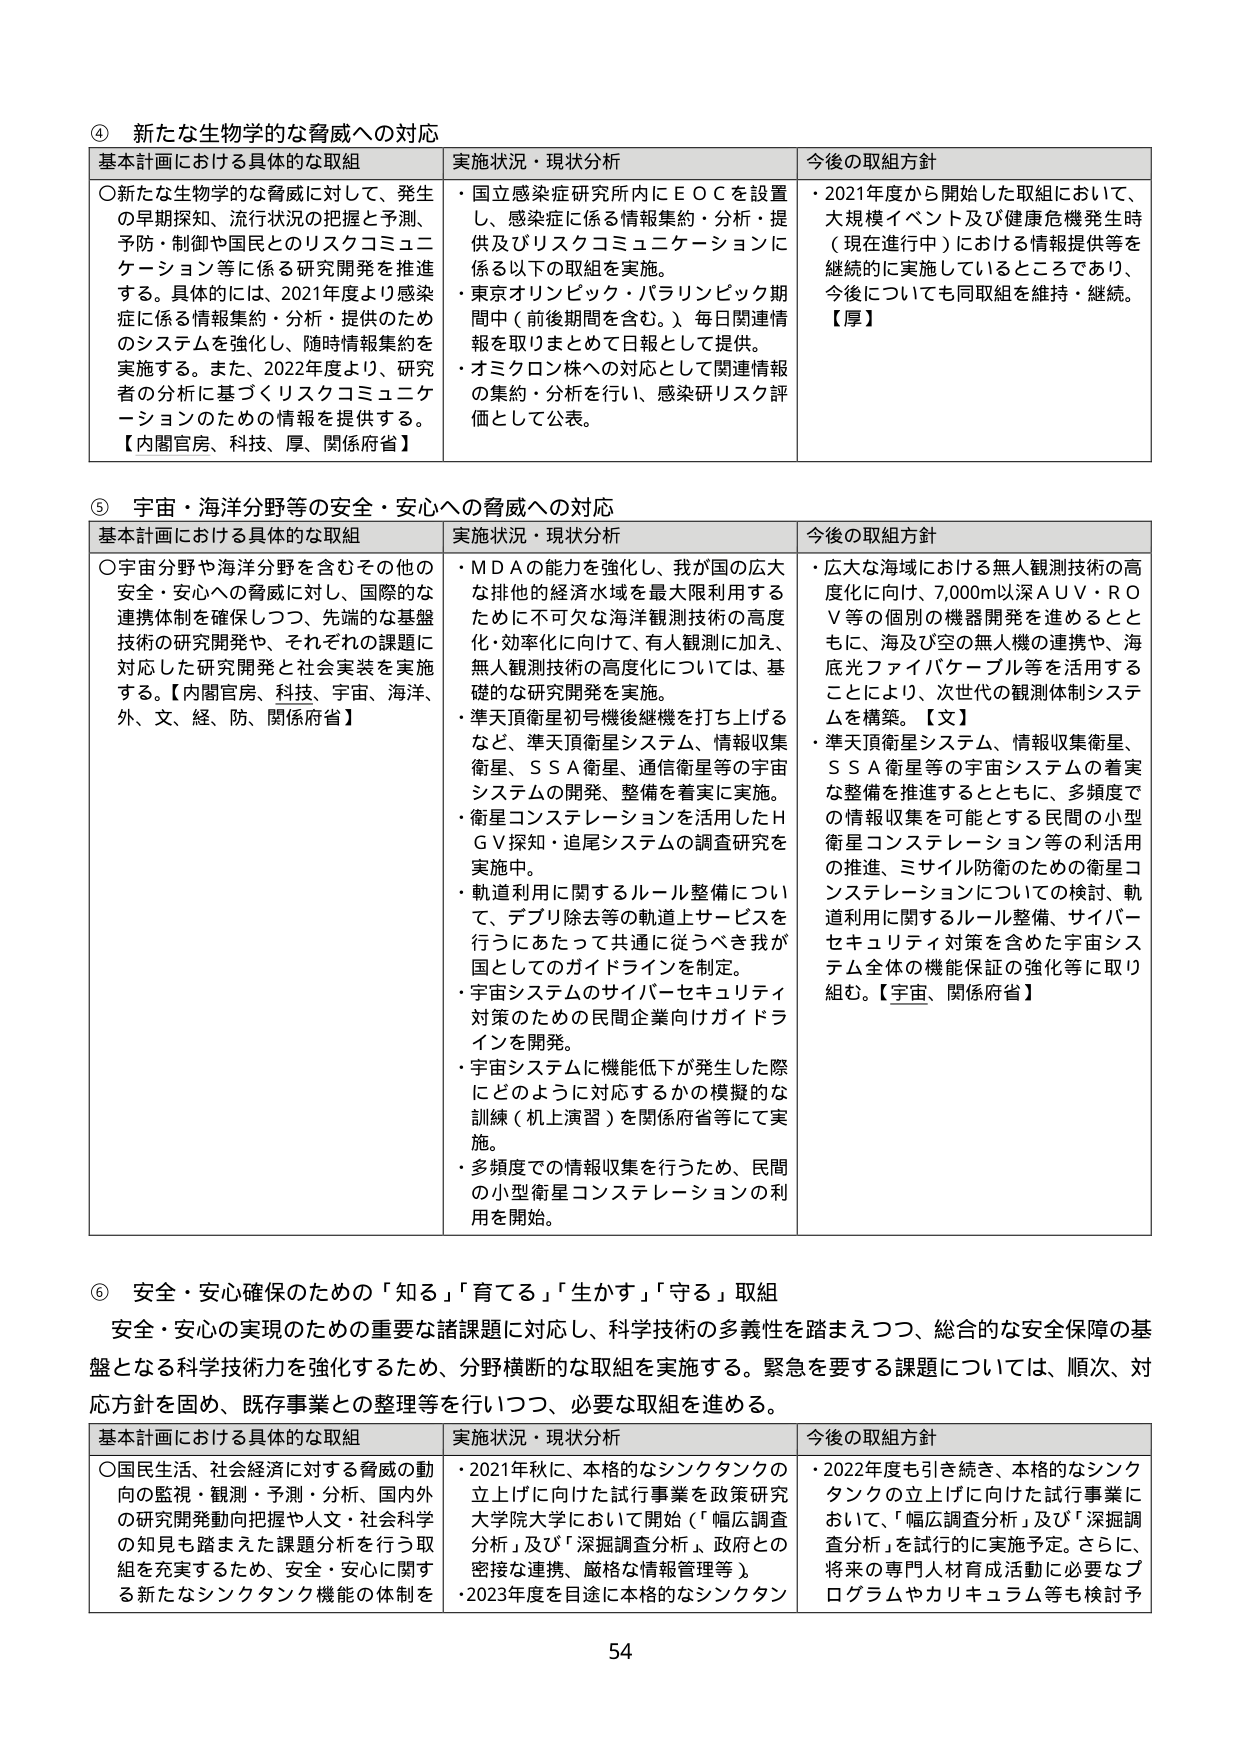
④ 新たな生物学的な脅威への対応
基本計画における具体的な取組
〇新たな生物学的な脅威に対して、発生の早期探知、流行状況の把握と予測、予防・制御や国民とのリスクコミュニケーション等に係る研究開発を推進する。具体的には、2021年度より感染症に係る情報集約・分析・提供のためのシステムを強化し、随時情報集約を実施する。また、2022年度より、研究者の分析に基づくリスクコミュニケーションのための情報を提供する。
【内閣官房、科技、厚、関係府省】

実施状況・現状分析
・国立感染症研究所内にＥＯＣを設置し、感染症に係る情報集約・分析・提供及びリスクコミュニケーションに係る以下の取組を実施。
・東京オリンピック・パラリンピック期間中（前後期間を含む。）毎日関連情報を取りまとめて日報として提供。
・オミクロン株への対応として関連情報の集約・分析を行い、感染研リスク評価として公表。

今後の取組方針
・2021年度から開始した取組において、大規模イベント及び健康危機発生時（現在進行中）における情報提供等を継続的に実施しているところであり、今後についても同取組を維持・継続。
【厚】

⑤ 宇宙・海洋分野等の安全・安心への脅威への対応
基本計画における具体的な取組
〇宇宙分野や海洋分野を含むその他の安全・安心への脅威に対し、国際的な連携体制を確保しつつ、先端的な基盤技術の研究開発や、それぞれの課題に対応した研究開発と社会実装を実施する。【内閣官房、科技、宇宙、海洋、外、文、経、防、関係府省】

実施状況・現状分析
・ＭＤＡの能力を強化し、我が国の広大な排他的経済水域を最大限利用するために不可欠な海洋観測技術の高度化・効率化に向けて、有人観測に加え、無人観測技術の高度化については、基礎的な研究開発を実施。
・準天頂衛星初号機後継機を打ち上げるなど、準天頂衛星システム、情報収集衛星、ＳＳＡ衛星、通信衛星等の宇宙システムの開発、整備を着実に実施。
・衛星コンステレーションを活用したＨＧＶ探知・追尾システムの調査研究を実施中。
・軌道利用に関するルール整備について、デブリ除去等の軌道上サービスを行うにあたって共通に従うべき我が国としてのガイドラインを制定。
・宇宙システムのサイバーセキュリティ対策のための民間企業向けガイドラインを開発。
・宇宙システムに機能低下が発生した際にどのように対応するかの模擬的な訓練（機上演習）を関係府省等にて実施。
・多頻度での情報収集を行うため、民間の小型衛星コンステレーションの利用を開始。

今後の取組方針
・広大な海域における無人観測技術の高度化に向け、7,000m以深ＡＵＶ・ＲＯＶ等の個別の機器開発を進めるとともに、海及び空の無人機の連携や、海底光ファイバーケーブル等を活用することにより、次世代の観測体制システムを構築。【文】
・準天頂衛星システム、情報収集衛星、ＳＳＡ衛星等の宇宙システムの着実な整備を推進するとともに、多頻度での情報収集を可能とする民間の小型衛星コンステレーション等の利活用の推進、ミサイル防衛のための衛星コンステレーションについての検討、軌道利用に関するルール整備、サイバーセキュリティ対策を含めた宇宙システム全体の機能保証の強化等に取り組む。【宇宙、関係府省】

⑥ 安全・安心確保のための「知る」「育てる」「生かす」「守る」取組
安全・安心の実現のための重要な諸課題に対応し、科学技術の多義性を踏まえつつ、総合的な安全保障の基盤となる科学技術力を強化するため、分野横断的な取組を実施する。緊急を要する課題については、順次、対応方針を固め、既存事業との整理等を行いつつ、必要な取組を進める。

基本計画における具体的な取組
〇国民生活、社会経済に対する脅威の動向の監視・観測・予測・分析、国内外の研究開発動向把握や人文・社会科学の知見も踏まえた課題分析を行う取組を充実するため、安全・安心に関する新たなシンクタンク機能の体制を

実施状況・現状分析
・2021年秋に、本格的なシンクタンクの立上げに向けた試行事業を政策研究大学院大学において開始（「幅広調査分析」及び「深掘調査分析」、政府との密接な連携、厳格な情報管理等）。
・2023年度を目途に本格的なシンクタン

今後の取組方針
・2022年度も引き続き、本格的なシンクタンクの立上げに向けた試行事業において、「幅広調査分析」及び「深掘調査分析」を試行的に実施予定。さらに、将来の専門人材育成活動に必要なプログラムやカリキュラム等も検討予

54